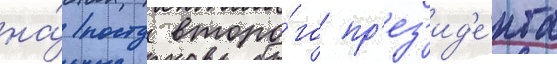
на́ посту второ́го пр'ез'ид'е́нта